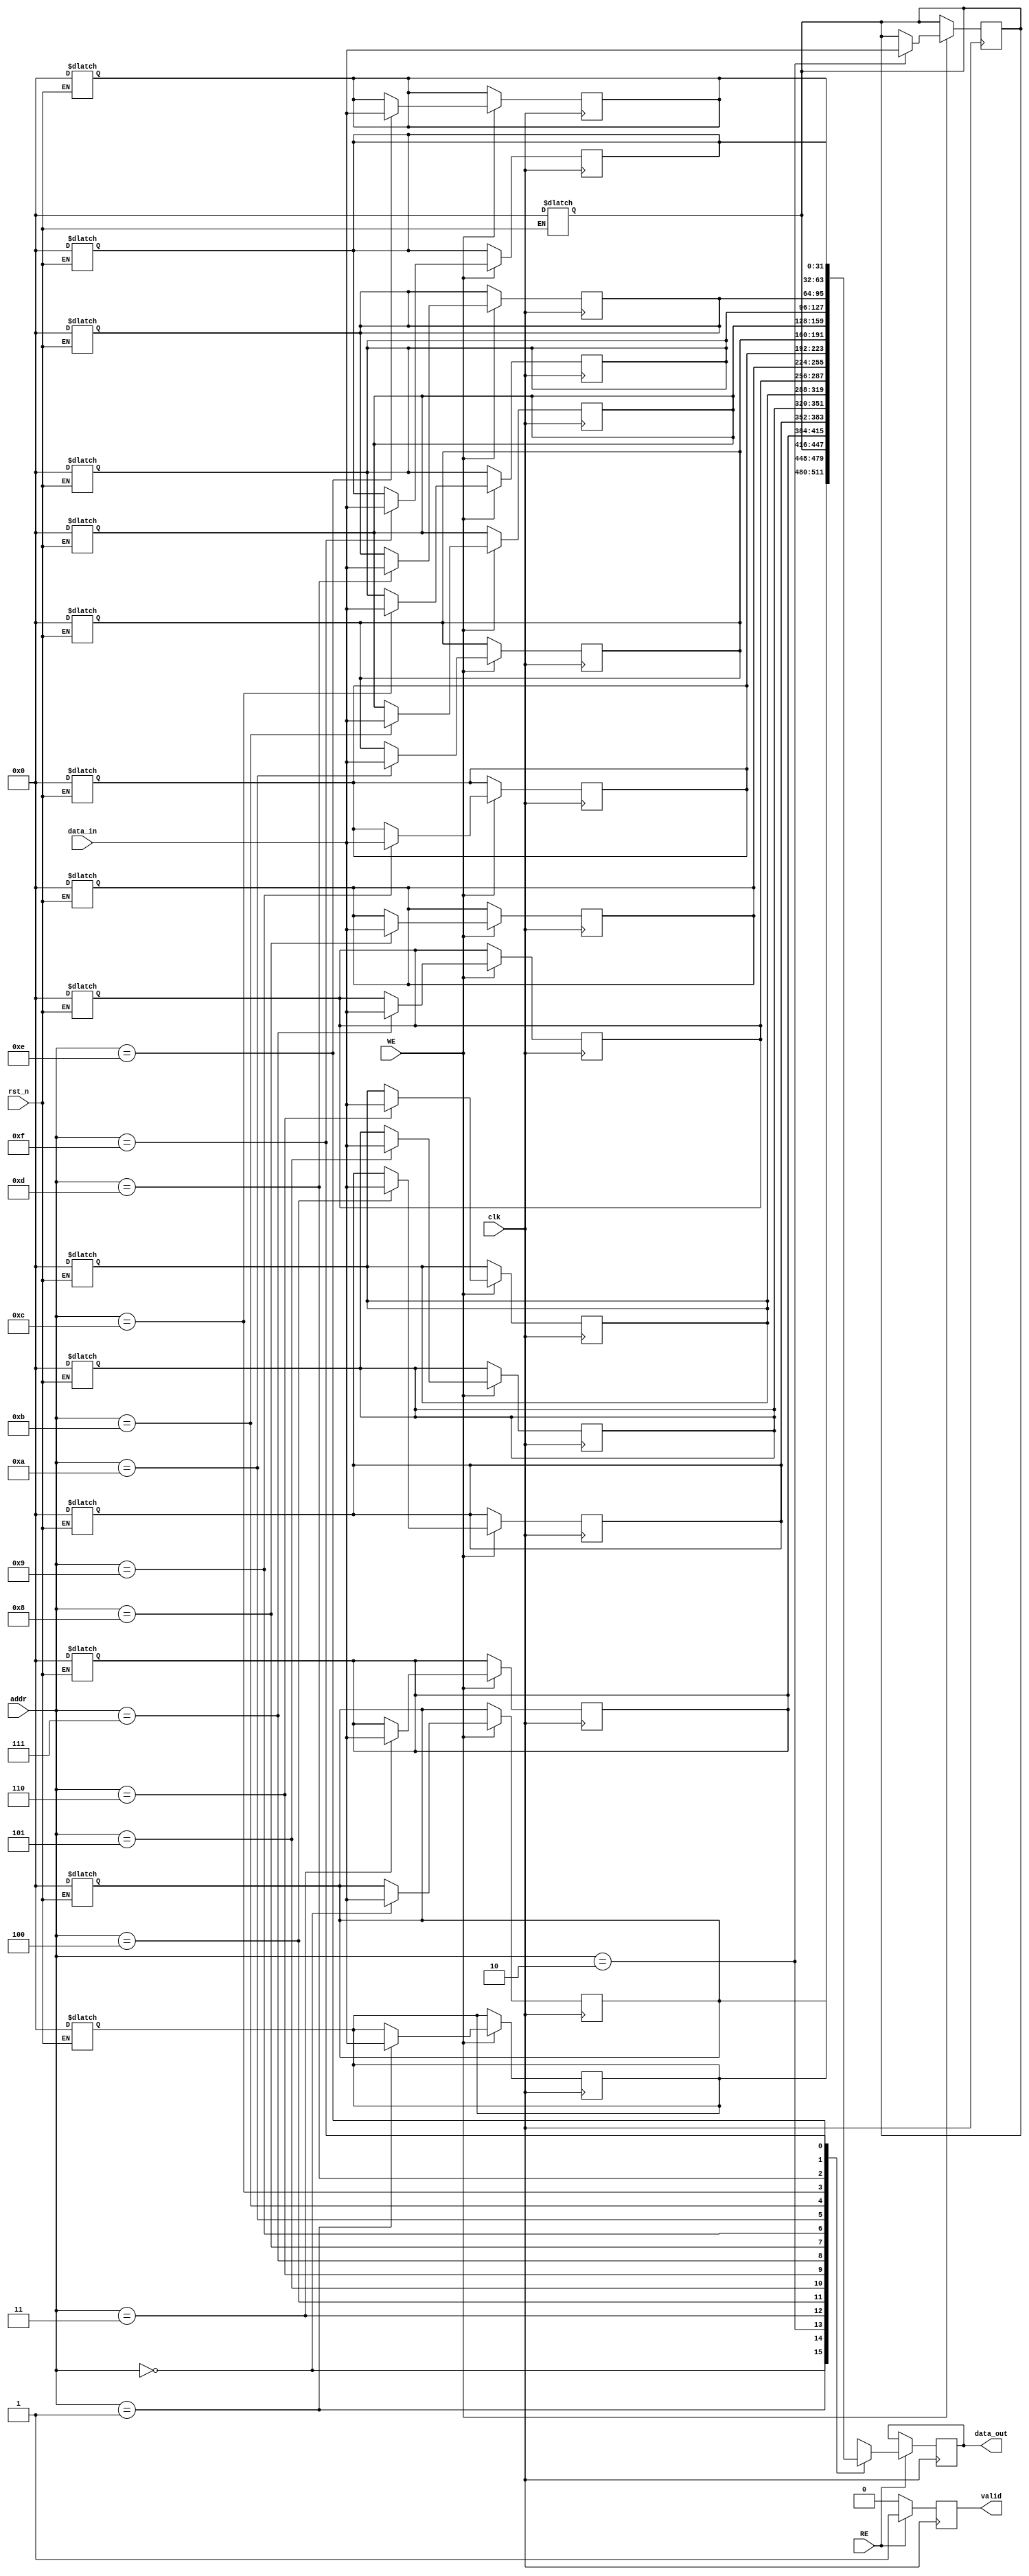
module RegisterFile (
    input wire clk,            // Clock signal
    input wire rst_n,         // Asynchronous reset signal (active low)
    input wire WE,            // Write Enable signal
    input wire RE,            // Read Enable signal
    input wire [3:0] addr,    // Address to select the register (4 bits for 16 registers)
    input wire [31:0] data_in, // Data input (32 bits)
    output reg [31:0] data_out, // Data output (32 bits)
    output reg valid          // Valid output signal
);

    // Define the number of registers and their width
    localparam NUM_REGISTERS = 16; // Number of registers
    localparam REG_WIDTH = 32;      // Width of each register in bits

    // Declare the register array
    reg [REG_WIDTH-1:0] registers [0:NUM_REGISTERS-1];

    // Asynchronous reset
    integer i;
    always @(*) begin
        if (!rst_n) begin
            for (i = 0; i < NUM_REGISTERS; i = i + 1) begin
                registers[i] = 0;  // Reset all registers to zero
            end
        end
    end

    // Synchronous read/write operations
    always @(posedge clk) begin
        if (WE) begin
            registers[addr] <= data_in; // Write data to the selected register
        end
    end

    always @(posedge clk) begin
        if (RE) begin
            data_out <= registers[addr]; // Read data from the selected register
            valid <= 1'b1;                // Set valid signal to indicate valid data output
        end else begin
            valid <= 1'b0;                // Invalid output if not reading
        end
    end

endmodule